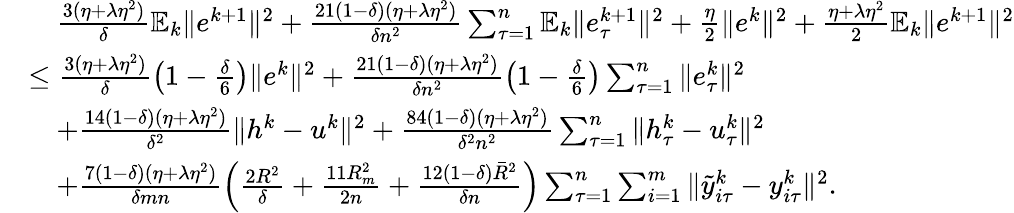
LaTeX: \begin{array}{rl}&{\quad\frac{3(\eta+\lambda\eta^{2})}{\delta}\mathbb{E}_{k}\| e^{k+1}\| ^{2}+\frac{21(1-\delta)(\eta+\lambda\eta^{2})}{\delta n^{2}}\sum_{\tau=1}^{n}\mathbb{E}_{k}\| e_{\tau}^{k+1}\| ^{2}+\frac{\eta}{2}\| e^{k}\| ^{2}+\frac{\eta+\lambda\eta^{2}}{2}\mathbb{E}_{k}\| e^{k+1}\| ^{2}}\\ &{\leq\frac{3(\eta+\lambda\eta^{2})}{\delta}\left(1-\frac{\delta}{6}\right)\| e^{k}\| ^{2}+\frac{21(1-\delta)(\eta+\lambda\eta^{2})}{\delta n^{2}}\left(1-\frac{\delta}{6}\right)\sum_{\tau=1}^{n}\| e_{\tau}^{k}\| ^{2}}\\ &{\quad+\frac{14(1-\delta)(\eta+\lambda\eta^{2})}{\delta^{2}}\| h^{k}-u^{k}\| ^{2}+\frac{84(1-\delta)(\eta+\lambda\eta^{2})}{\delta^{2}n^{2}}\sum_{\tau=1}^{n}\| h_{\tau}^{k}-u_{\tau}^{k}\| ^{2}}\\ &{\quad+\frac{7(1-\delta)(\eta+\lambda\eta^{2})}{\delta mn}\left(\frac{2R^{2}}{\delta}+\frac{11R_{m}^{2}}{2n}+\frac{12(1-\delta){\bar{R}}^{2}}{\delta n}\right)\sum_{\tau=1}^{n}\sum_{i=1}^{m}\| {\tilde{y}}_{i\tau}^{k}-y_{i\tau}^{k}\| ^{2}.}\end{array}